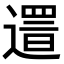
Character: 𨖞